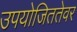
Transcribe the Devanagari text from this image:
उपयोजिततेवर